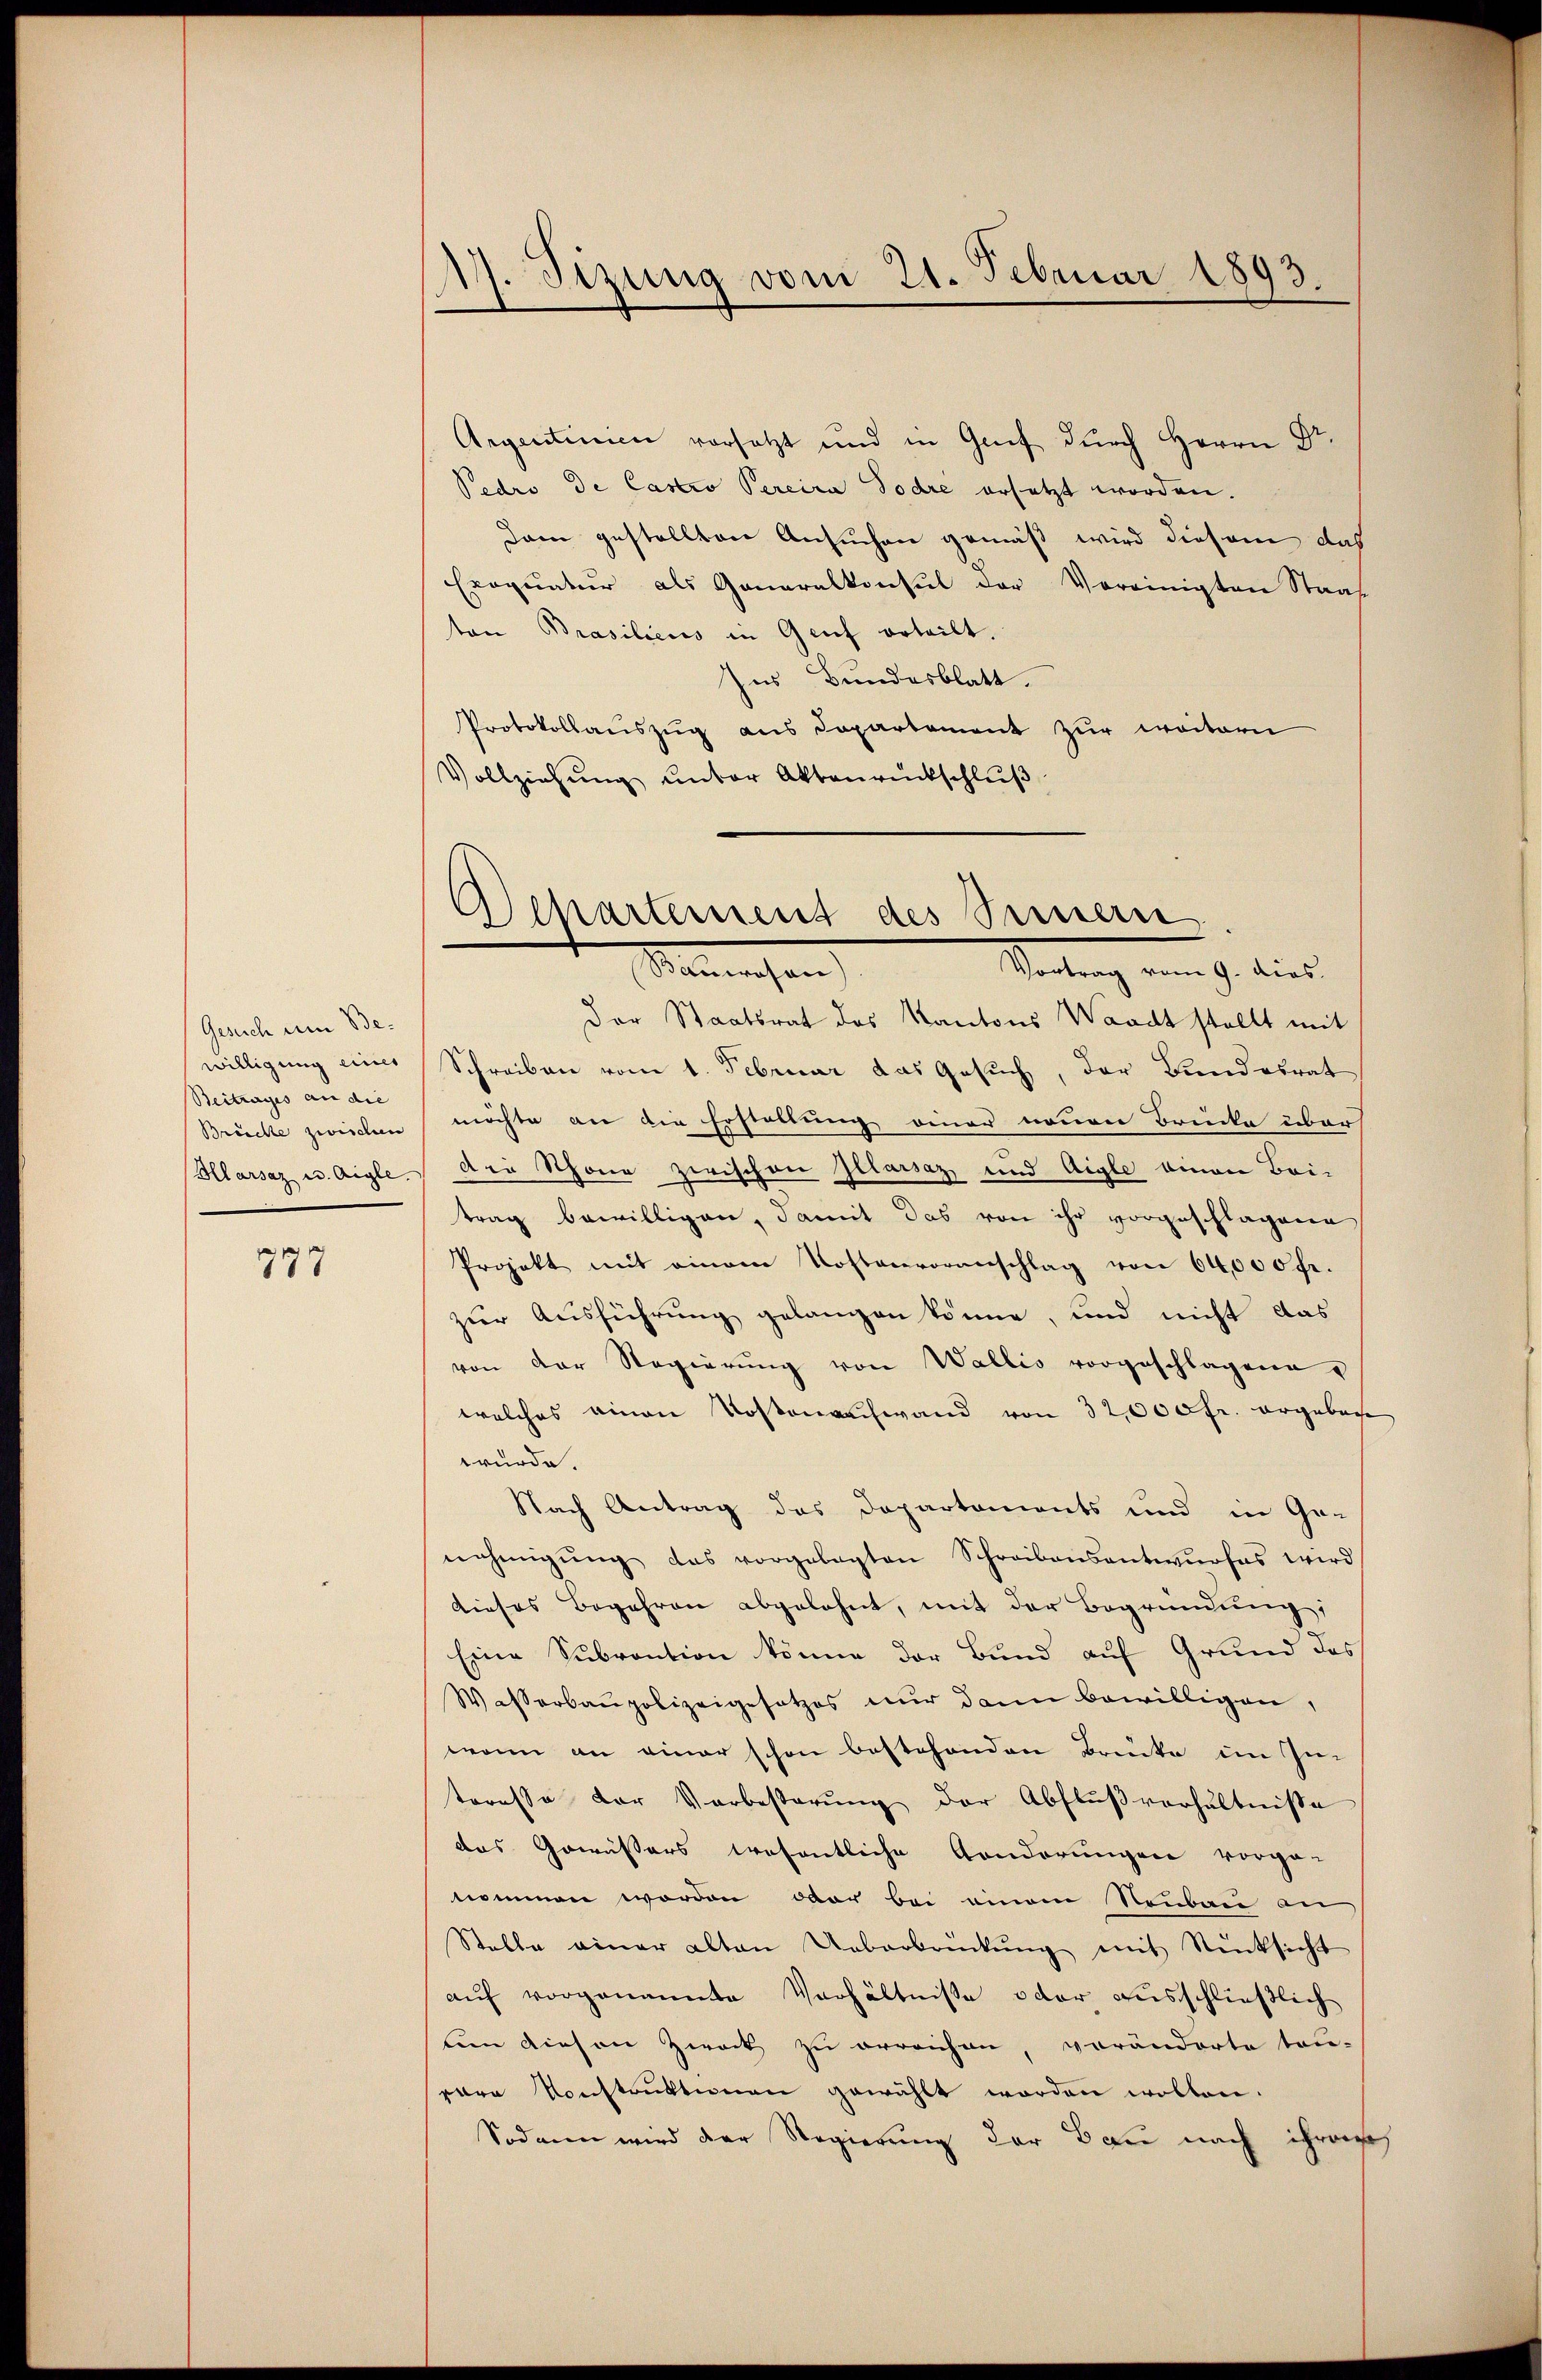
Gesuch um Bewilligung eines
Beitrages an die
Brücke zwischen
Allarsaz u. Aigle.

777

217. Sizung vom 21. Februar 1892.

Argentinien vorsetzt und in Genf dŭrch Herrn Dr.
Pedro de Castro Percira Todre ersetzt worden.
Dam gestellten Ansuchen gemäß wird diesem das
Exoqŭatŭr als Ganaralkonsul der Vereinigten Staat
ten Prasiliens in Genf erteilt.
Ins Bundesblatt.
Protokollaŭszŭg ans Departement zŭr weitern
Vollziehŭng ŭnter Aktenrückschlŭβ

Separtement des Sinnern
Mitung vom 9. dies
Semachen

Der Staatsrat des Kantons Waadt stellt mit
Schreiben vom 1. Februar das Gesuch, der Bundesrat
möchte an die Erstellung einer neuen Brücke über
Die Schöne zwischen Illarsaz und Aigle einen Beitrag bewilligen, damit das von ihr vorgeschlagene
Projekt mit einem Kostenvoranschlag von 64,000 fr.
zur Ausführung gelangen könne, und nicht das
von der Regierŭng von Wallis vorgeschlagene
welches einen Kostenachwand von 32,000 fr. ergebene
würde.
Nach Antrag des Departements und in Ge-
nehmigŭng das vorgelegten Schreibensantwŭrfes wird
dieses Begehren abgelehnt, mit der Begründung,
Eine Subvention könne der Bund auf Grund des
Wasserbaupolizeigesetzes nŭr dann bewilligen,
wann an einer schon bestehenden Brücke im In-
teresse der Verbesterŭng der Abflŭβverhältnisse
das Gewässers wesentliche Aenderungen vorge-
nommen worden, der bei einem Neubau an
Stelle einer alten Ueberbrückŭng mit Rücksicht
aŭf vorgenannte Verhältniße oder ausschließlich
um diesen Zweck zu erreichen, veränderte tau-
vare Konstrŭktionen gewählt worden wollen.
Sodann wird der Regierung der Bau nach ihren